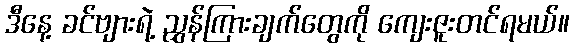
ဒီနေ့ ခင်ဗျားရဲ့ ညွှန်ကြားချက်တွေကို ကျေးဇူးတင်ရမယ်။